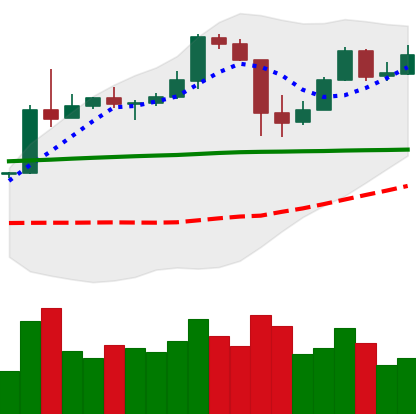
Ticker: BTC-USD
Chart end date: 2020-05-17
Forward return: -5.048%
Label: down_5_7